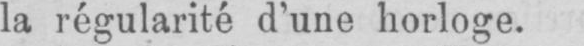
la régularité d’une horloge.